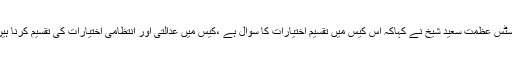
جسٹس عظمت سعید شیخ نے کہاکہ اس کیس میں تقسیم اختیارات کا سوال ہے ،کیس میں عدالتی اور انتظامی اختیارات کی تقسیم کرنا ہیں ۔